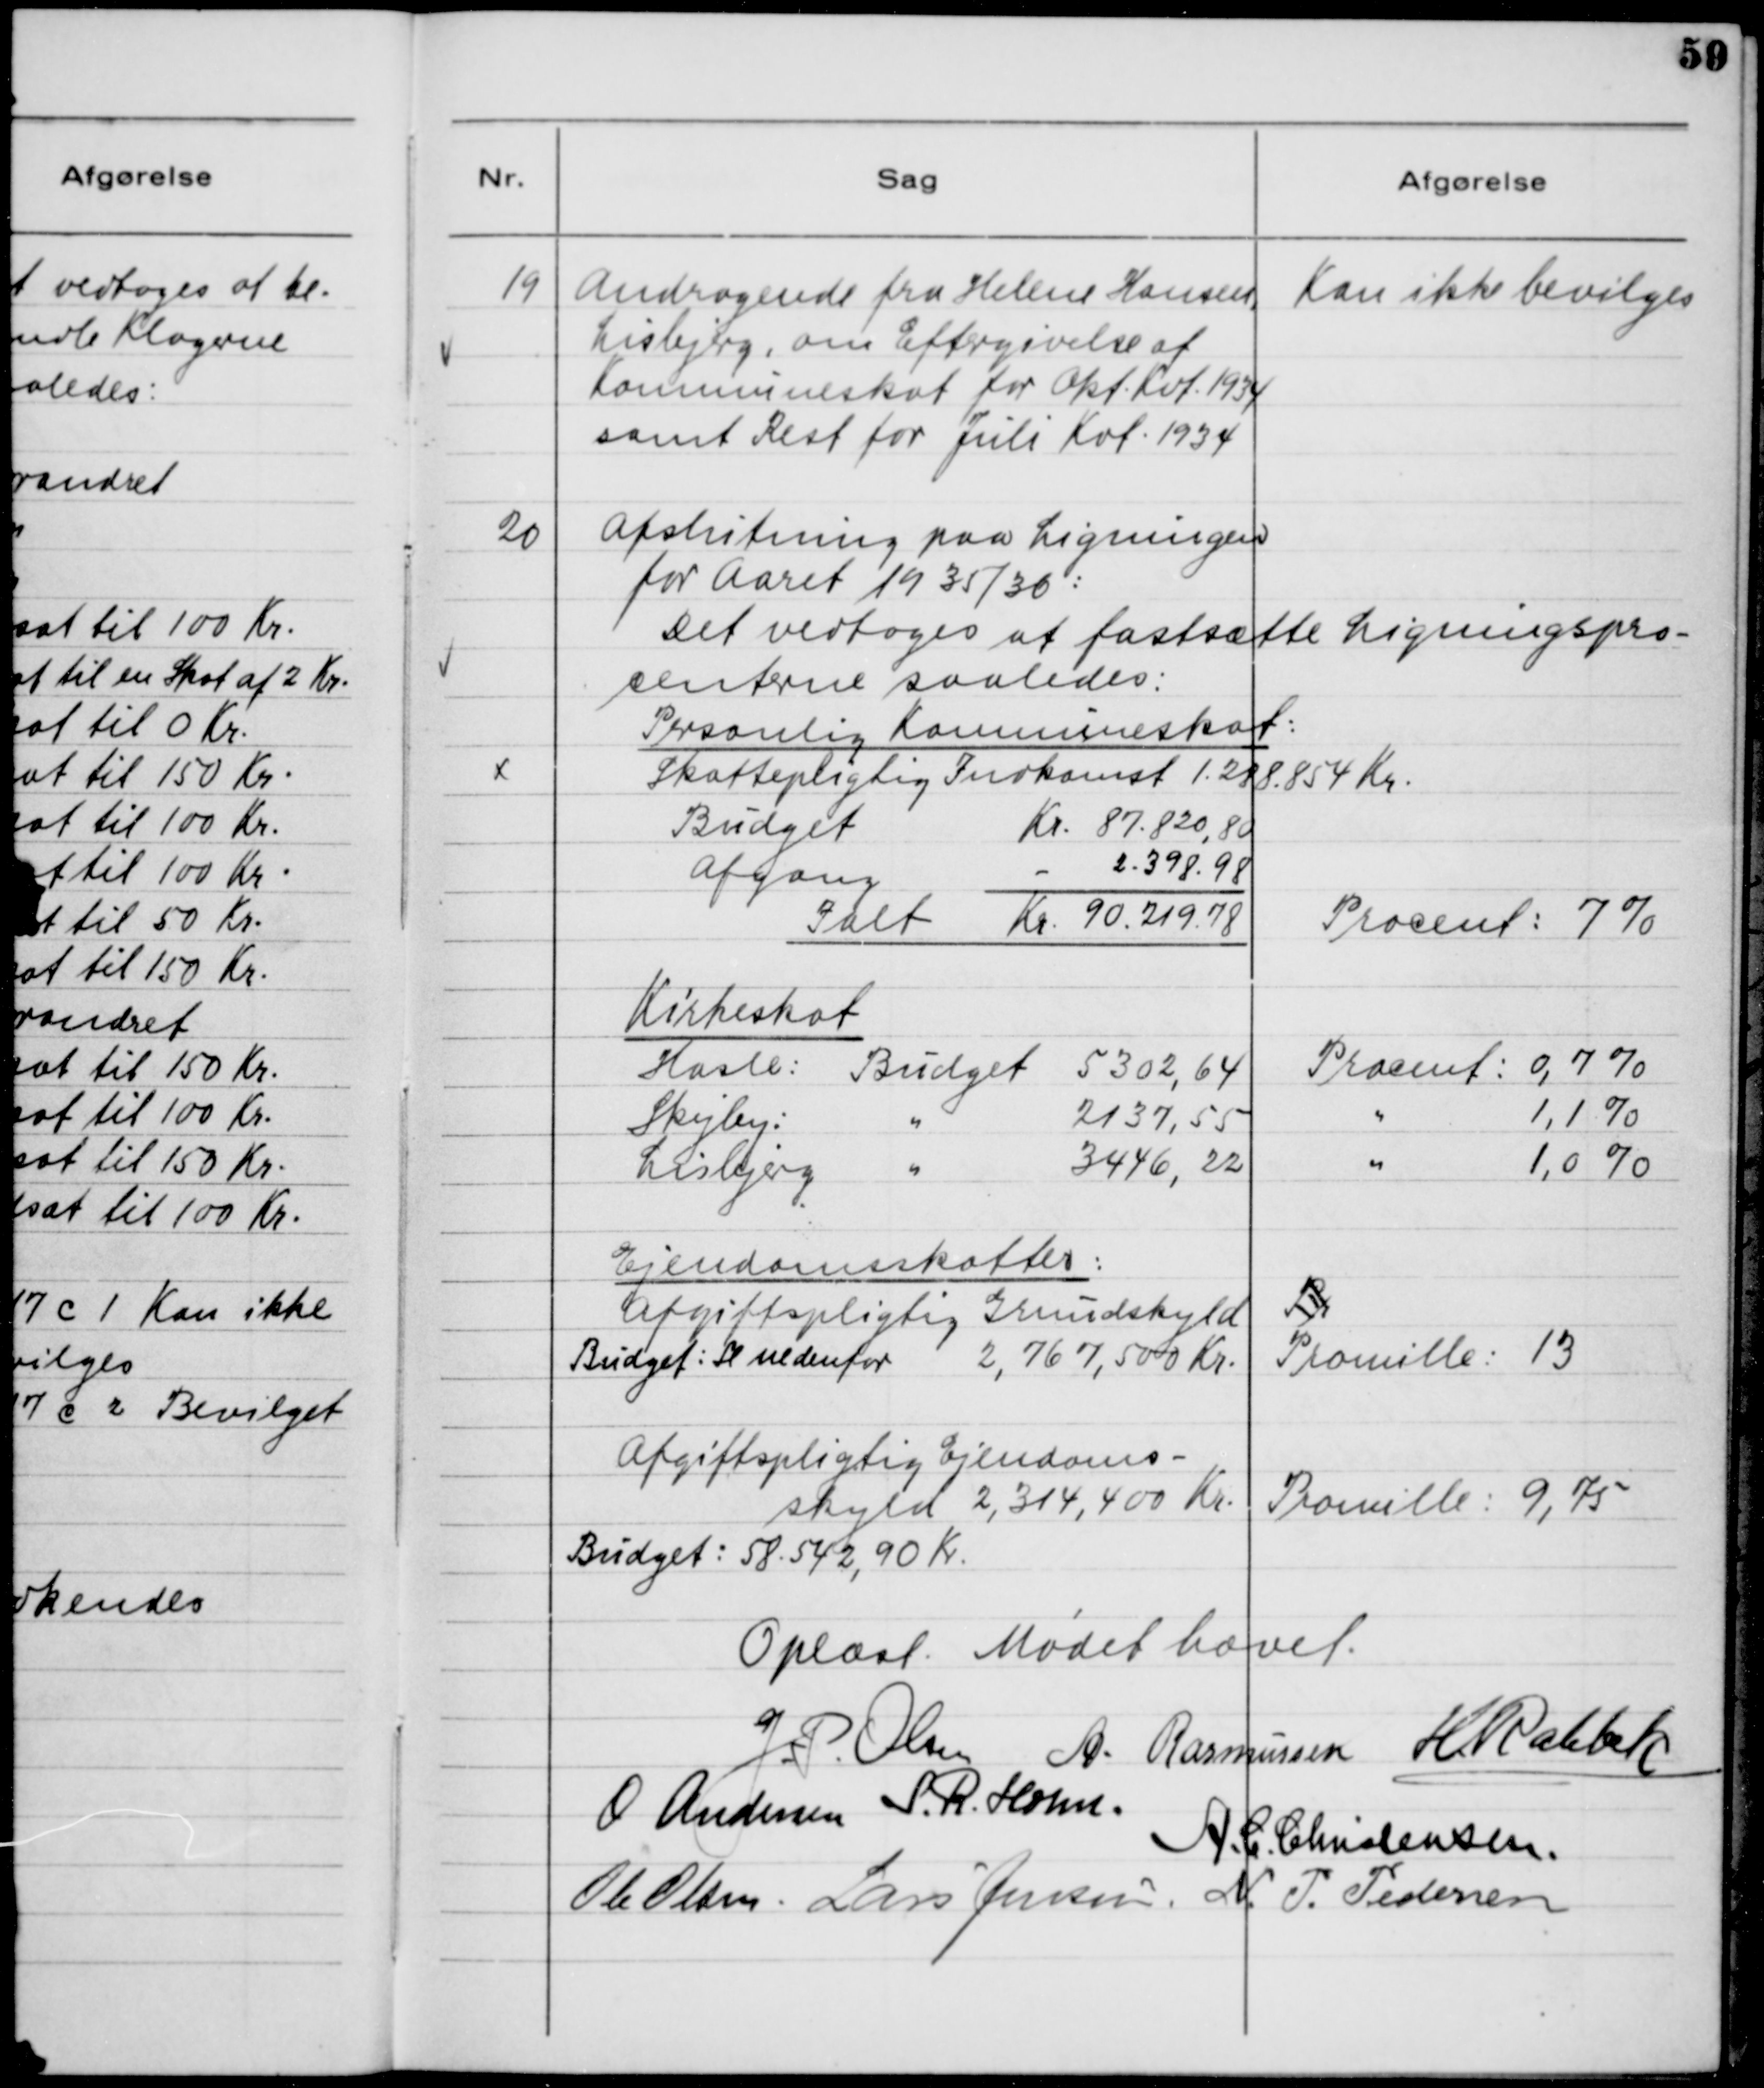
Transskription:
19

Andragende fra Helene Hansen,
Lisbjerg, om Eftergivelse af
Kommuneskat for Okt. Kvt. 1934
samt Rest for Juli Kvt. 1934.

Kan ikke bevilges

20

Afslutning paa Ligningen
for Aaret 1935/36:
Det vedtoges at fastsætte Ligningspro-
centerne saaledes:

Oplæst. Mødet hævet